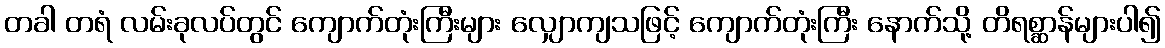
တခါ တရံ လမ်းခုလပ်တွင် ကျောက်တုံးကြီးများ လျှောကျသဖြင့် ကျောက်တုံးကြီး နောက်သို့ တိရစ္ဆာန်များပါ၍